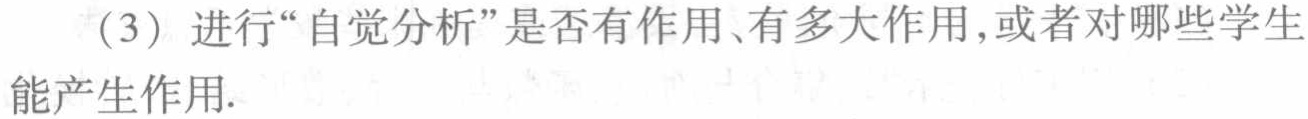
（3）进行“自觉分析”是否有作用、有多大作用，或者对哪些学生能产生作用.